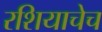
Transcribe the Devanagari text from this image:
रशियाचेच